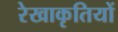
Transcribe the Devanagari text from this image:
रेखाकृतियों